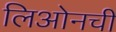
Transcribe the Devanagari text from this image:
लिओनची